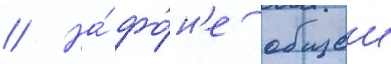
// На́ фо́н'е общеи